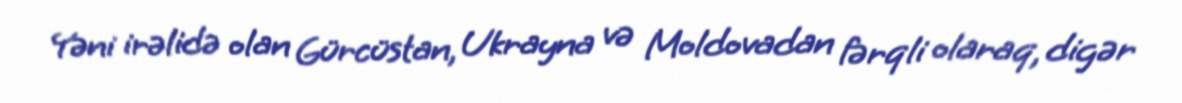
Yəni irəlidə olan Gürcüstan, Ukrayna və Moldovadan fərqli olaraq, digər